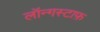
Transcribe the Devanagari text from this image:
लॉन्गस्टाफ़